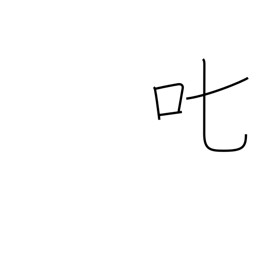
Meaning: scold